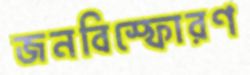
জনবিস্ফোরণ